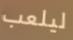
ليلعب